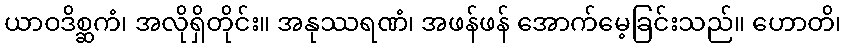
ယာဝဒိစ္ဆကံ၊ အလိုရှိတိုင်း။ အနုဿရဏံ၊ အဖန်ဖန် အောက်မေ့ခြင်းသည်။ ဟောတိ၊